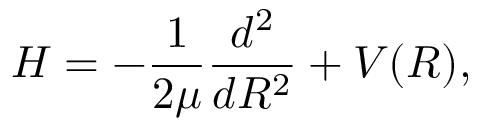
H = - \frac { 1 } { 2 \mu } \frac { d ^ { 2 } } { d R ^ { 2 } } + V ( R ) ,